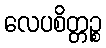
လေပစိတ္တဉ္စ